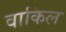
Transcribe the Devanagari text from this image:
वाकिल